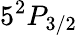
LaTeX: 5^{2}P_{3/2}